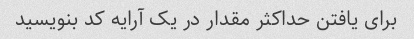
برای یافتن حداکثر مقدار در یک آرایه کد بنویسید